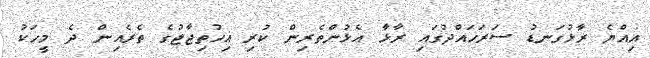
އިއްޔެ ރާޅުގަނޑު ސަރަހައްދުގައި ރާޅާ އެޅުންތެރިން ކުރި އިހުތިޖާޖުގެ ތެރެއިން ދެ މީހަކު